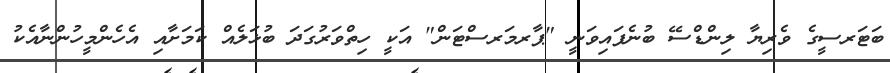
ބަޓަރސީގެ ވެރިޔާ ލިންޑްސޭ ބުނެފައިވަނީ "ޕާރމަރސްޓަން" އަކީ ހިތްވަރުގަދަ ބުޅަލެއް ކަމަށާއި އެހެންމީހުންނާއެކު